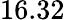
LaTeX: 16.32